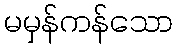
မမှန်ကန်သော